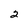
Character: 2